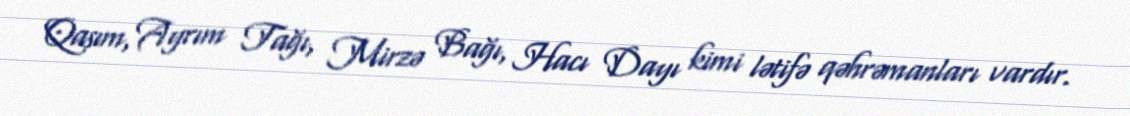
Qasım, Ayrım Tağı, Mirzə Bağı, Hacı Dayı kimi lətifə qəhrəmanları vardır.